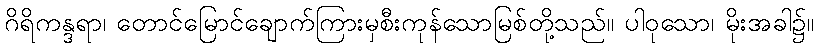
ဂိရိကန္ဒရာ၊ တောင်မြောင်ချောက်ကြားမှစီးကုန်သောမြစ်တို့သည်။ ပါဝုသော၊ မိုးအခါ၌။